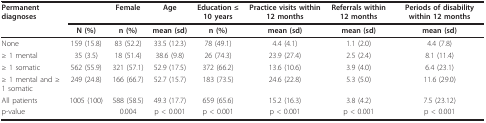
<table><thead><tr><td><b>Permanent diagnoses</b></td><td>[EMPTY_CELL]</td><td><b>Female</b></td><td><b>Age</b></td><td><b>Education ≤ 10 years</b></td><td><b>Practice visits within 12 months</b></td><td><b>Referrals within 12 months</b></td><td><b>Periods of disability within 12 months</b></td></tr><tr><td>[EMPTY_CELL]</td><td><b>N (%)</b></td><td><b>n (%)</b></td><td><b>mean (sd)</b></td><td><b>n (%)</b></td><td><b>mean (sd)</b></td><td><b>mean (sd)</b></td><td><b>mean (sd)</b></td></tr></thead><tbody><tr><td>None</td><td>159 (15.8)</td><td>83 (52.2)</td><td>33.5 (12.3)</td><td>78 (49.1)</td><td>4.4 (4.1)</td><td>1.1 (2.0)</td><td>4.4 (7.8)</td></tr><tr><td>≥ 1 mental</td><td>35 (3.5)</td><td>18 (51.4)</td><td>38.6 (9.8)</td><td>26 (74.3)</td><td>23.9 (27.4)</td><td>2.5 (2.4)</td><td>8.1 (11.4)</td></tr><tr><td>≥ 1 somatic</td><td>562 (55.9)</td><td>321 (57.1)</td><td>52.9 (17.5)</td><td>372 (66.2)</td><td>13.6 (10.6)</td><td>3.9 (4.0)</td><td>6.4 (23.1)</td></tr><tr><td>≥ 1 mental and ≥ 1 somatic</td><td>249 (24.8)</td><td>166 (66.7)</td><td>52.7 (15.7)</td><td>183 (73.5)</td><td>24.6 (22.8)</td><td>5.3 (5.0)</td><td>11.6 (29.0)</td></tr><tr><td>All patients</td><td>1005 (100)</td><td>588 (58.5)</td><td>49.3 (17.7)</td><td>659 (65.6)</td><td>15.2 (16.3)</td><td>3.8 (4.2)</td><td>7.5 (23.12)</td></tr><tr><td>p-value</td><td>[EMPTY_CELL]</td><td>0.004</td><td>p &lt; 0.001</td><td>p &lt; 0.001</td><td>p &lt; 0.001</td><td>p &lt; 0.001</td><td>p &lt; 0.001</td></tr></tbody></table>